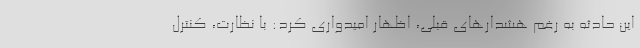
این حادثه به رغم هشدارهای قبلی، اظهار امیدواری کرد: با نظارت، کنترل